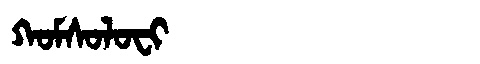
Manchu: ᡴᠣᠮᠰᠣᠯᠣᠸᡳ
Romanization: KOMSOLOFI